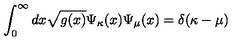
\int _ { 0 } ^ { \infty } d x \sqrt { g ( x ) } \Psi _ { \kappa } ( x ) \Psi _ { \mu } ( x ) = \delta ( \kappa - \mu )